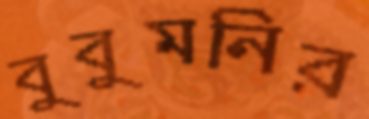
বুবুমনির